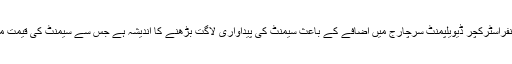
حکومت کی جانب سے گیس انفراسٹرکچر ڈیویلپمنٹ سرچارج میں اضافے کے باعث سیمنٹ کی پیداواری لاگت بڑھنے کا اندیشہ ہے جس سے سیمنٹ کی قیمت میں بھی اضافے کا امکان ہے ۔